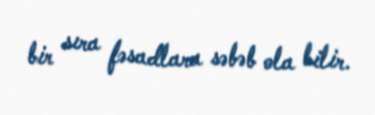
bir sıra fəsadlara səbəb ola bilir.